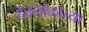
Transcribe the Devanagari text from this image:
देवनाळाच्या